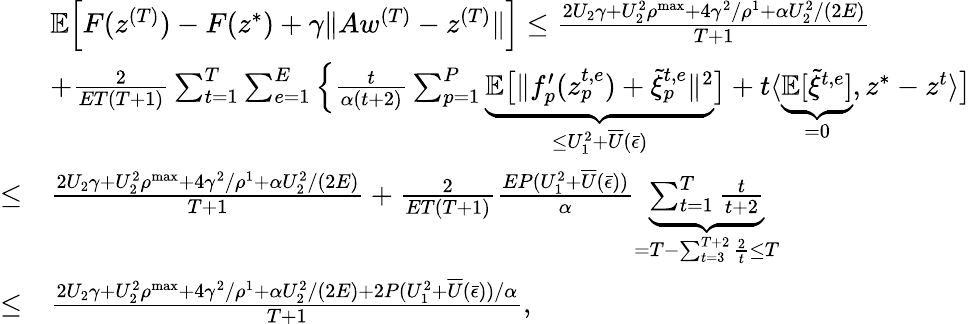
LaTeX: \begin{array}{rl}&{\mathbb{E}\Big[F(z^{(T)})-F(z^{*})+\gamma\| Aw^{(T)}-z^{(T)}\| \Big]\leq\frac{2U_{2}\gamma+U_{2}^{2}\rho^{\mathrm{max}}+4\gamma^{2}/\rho^{1}+\alpha U_{2}^{2}/(2E)}{T+1}}\\ &{+\frac{2}{ET(T+1)}\sum_{t=1}^{T}\sum_{e=1}^{E}\Big\{ \frac{t}{\alpha(t+2)}\sum_{p=1}^{P}\underbrace{\mathbb{E}\big[\| f_{p}^{\prime}(z_{p}^{t,e})+\tilde{\xi}_{p}^{t,e}\| ^{2}}_{\leq U_{1}^{2}+\overline{{U}}(\bar{\epsilon})}\big]+t\langle\underbrace{\mathbb{E}[\tilde{\xi}^{t,e}]}_{=0},z^{*}-z^{t}\rangle\big]}\\ {\leq}&{\frac{2U_{2}\gamma+U_{2}^{2}\rho^{\mathrm{max}}+4\gamma^{2}/\rho^{1}+\alpha U_{2}^{2}/(2E)}{T+1}+\frac{2}{ET(T+1)}\frac{EP(U_{1}^{2}+\overline{{U}}(\bar{\epsilon}))}{\alpha}\underbrace{\sum_{t=1}^{T}\frac{t}{t+2}}_{=T-\sum_{t=3}^{T+2}\frac{2}{t}\leq T}}\\ {\leq}&{\frac{2U_{2}\gamma+U_{2}^{2}\rho^{\mathrm{max}}+4\gamma^{2}/\rho^{1}+\alpha U_{2}^{2}/(2E)+2P(U_{1}^{2}+\overline{{U}}(\bar{\epsilon}))/\alpha}{T+1},}\end{array}